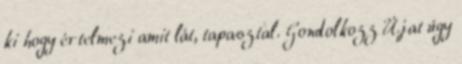
ki hogy értelmezi amit lát, tapasztal. Gondolkozz Újat úgy